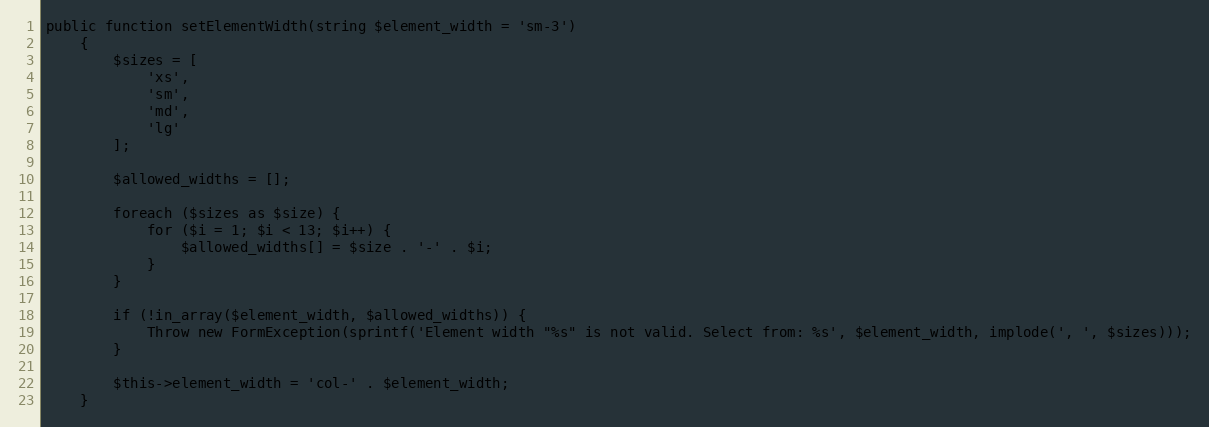
Language: PHP
public function setElementWidth(string $element_width = 'sm-3')
    {
        $sizes = [
            'xs',
            'sm',
            'md',
            'lg'
        ];

        $allowed_widths = [];

        foreach ($sizes as $size) {
            for ($i = 1; $i < 13; $i++) {
                $allowed_widths[] = $size . '-' . $i;
            }
        }

        if (!in_array($element_width, $allowed_widths)) {
            Throw new FormException(sprintf('Element width "%s" is not valid. Select from: %s', $element_width, implode(', ', $sizes)));
        }

        $this->element_width = 'col-' . $element_width;
    }